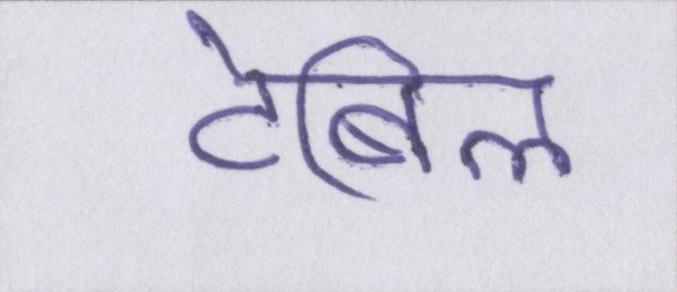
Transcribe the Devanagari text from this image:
टेबिल